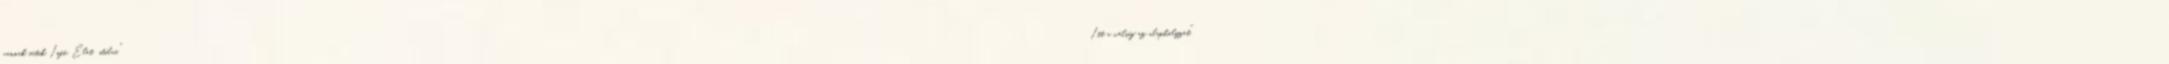
vannak sütik. Infó. Élet stílus "Itt a válság az alaphelyzet."